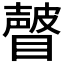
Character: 𰦂